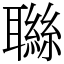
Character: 䏈